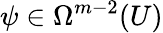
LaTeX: \psi\in\Omega^{m-2}(U)